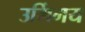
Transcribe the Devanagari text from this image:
उर्मिमय